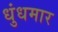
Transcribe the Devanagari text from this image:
धुंधमार